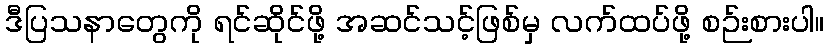
ဒီပြသနာတွေကို ရင်ဆိုင်ဖို့ အဆင်သင့်ဖြစ်မှ လက်ထပ်ဖို့ စဉ်းစားပါ။